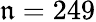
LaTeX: \mathfrak{n}=249